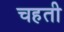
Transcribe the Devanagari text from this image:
चहती